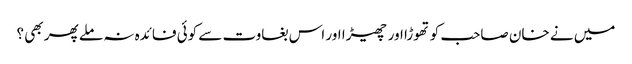
میں نے خان صاحب کو تھوڑا اور چھیڑا اور اس بغاوت سے کوئی فائدہ نہ ملے پھر بھی ؟